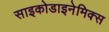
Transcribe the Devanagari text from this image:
साइकोडाइनेमिक्स